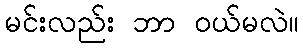
မင်းလည်း ဘာ ဝယ်မလဲ။